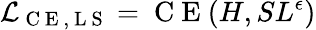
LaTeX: \mathcal{L}_{\mathrm{~C~E~,~L~S~}}=\mathrm{~C~E~}(H,SL^{\epsilon})